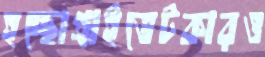
হচ্ছোপ্রাইভেটকারও